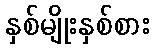
နှစ်မျိုးနှစ်စား